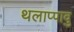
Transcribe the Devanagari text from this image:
थलाप्पावु